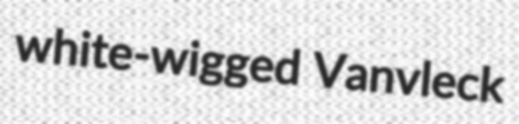
white-wigged Vanvleck